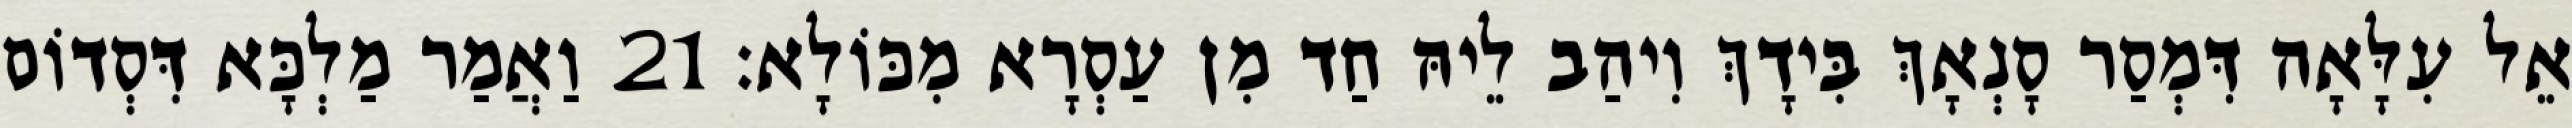
אֵל עִלָּאָה דִּמְסַר סָנְאָךְ בִּידָךְ וִיהַב לֵיהּ חַד מִן עַסְרָא מִכּוֹלָא׃ 21 וַאֲמַר מַלְכָּא דִּסְדוֹם